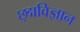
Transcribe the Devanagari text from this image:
छ्द्मविज्ञान